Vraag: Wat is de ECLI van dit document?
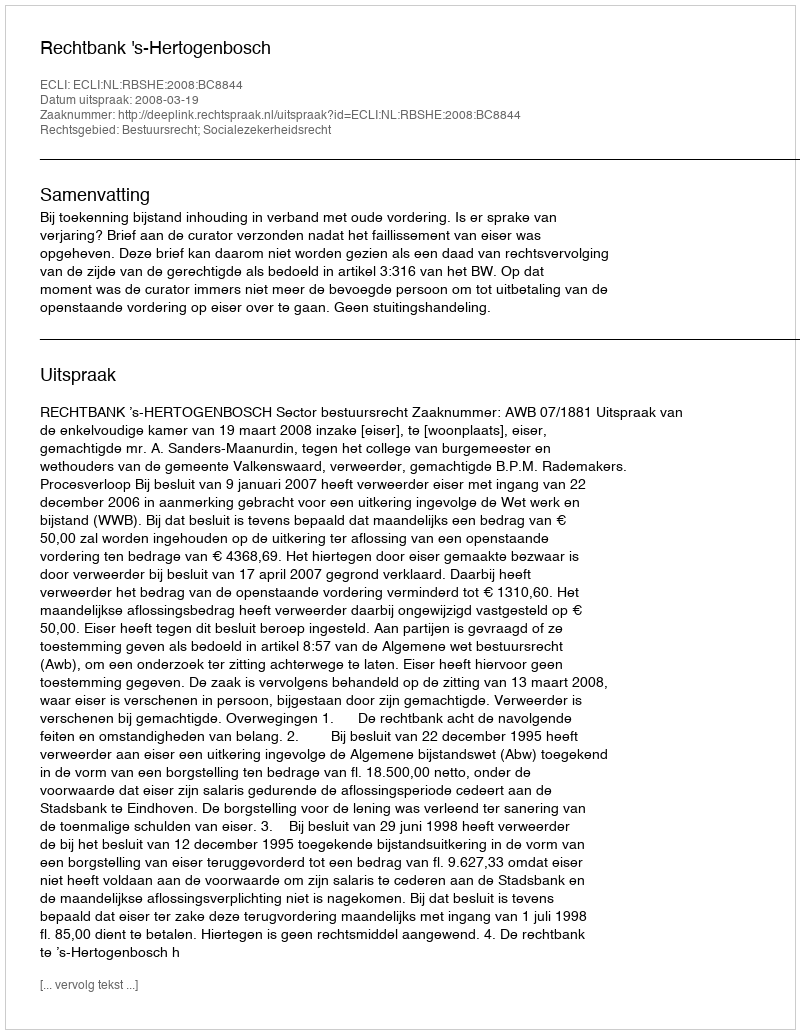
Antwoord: ECLI:NL:RBSHE:2008:BC8844